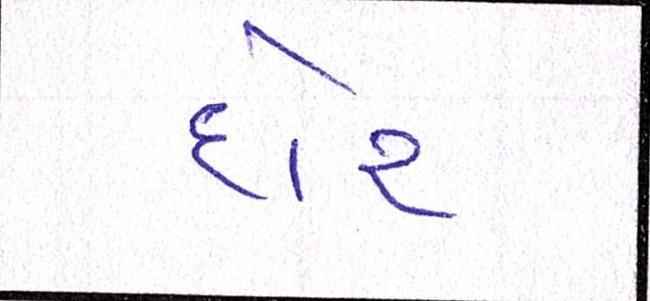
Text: દોર